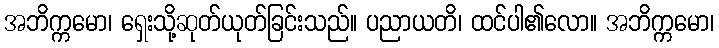
အဘိက္ကမော၊ ရှေးသို့ဆုတ်ယုတ်ခြင်းသည်။ ပညာယတိ၊ ထင်ပါ၏လော။ အဘိက္ကမော၊